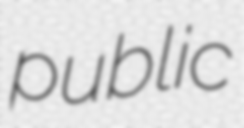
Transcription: public